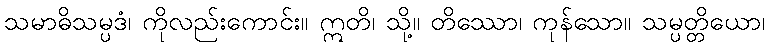
သမာဓိသမ္ပဒံ၊ ကိုလည်းကောင်း။ ဣတိ၊ သို့။ တိဿော၊ ကုန်သော။ သမ္ပတ္တိယော၊